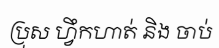
ប្រុស ហ្វឹកហាត់ និង ចាប់